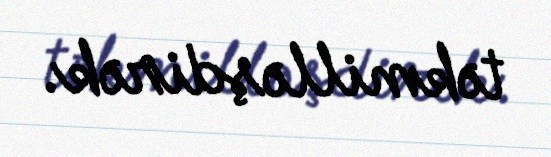
təkmilləşdirək.